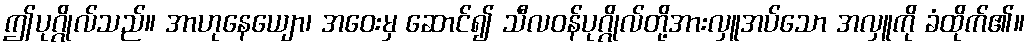
ဤပုဂ္ဂိုလ်သည်။ အာဟုနေယျော၊ အဝေးမှ ဆောင်၍ သီလဝန်ပုဂ္ဂိုလ်တို့အားလှူအပ်သော အလှူကို ခံထိုက်၏။